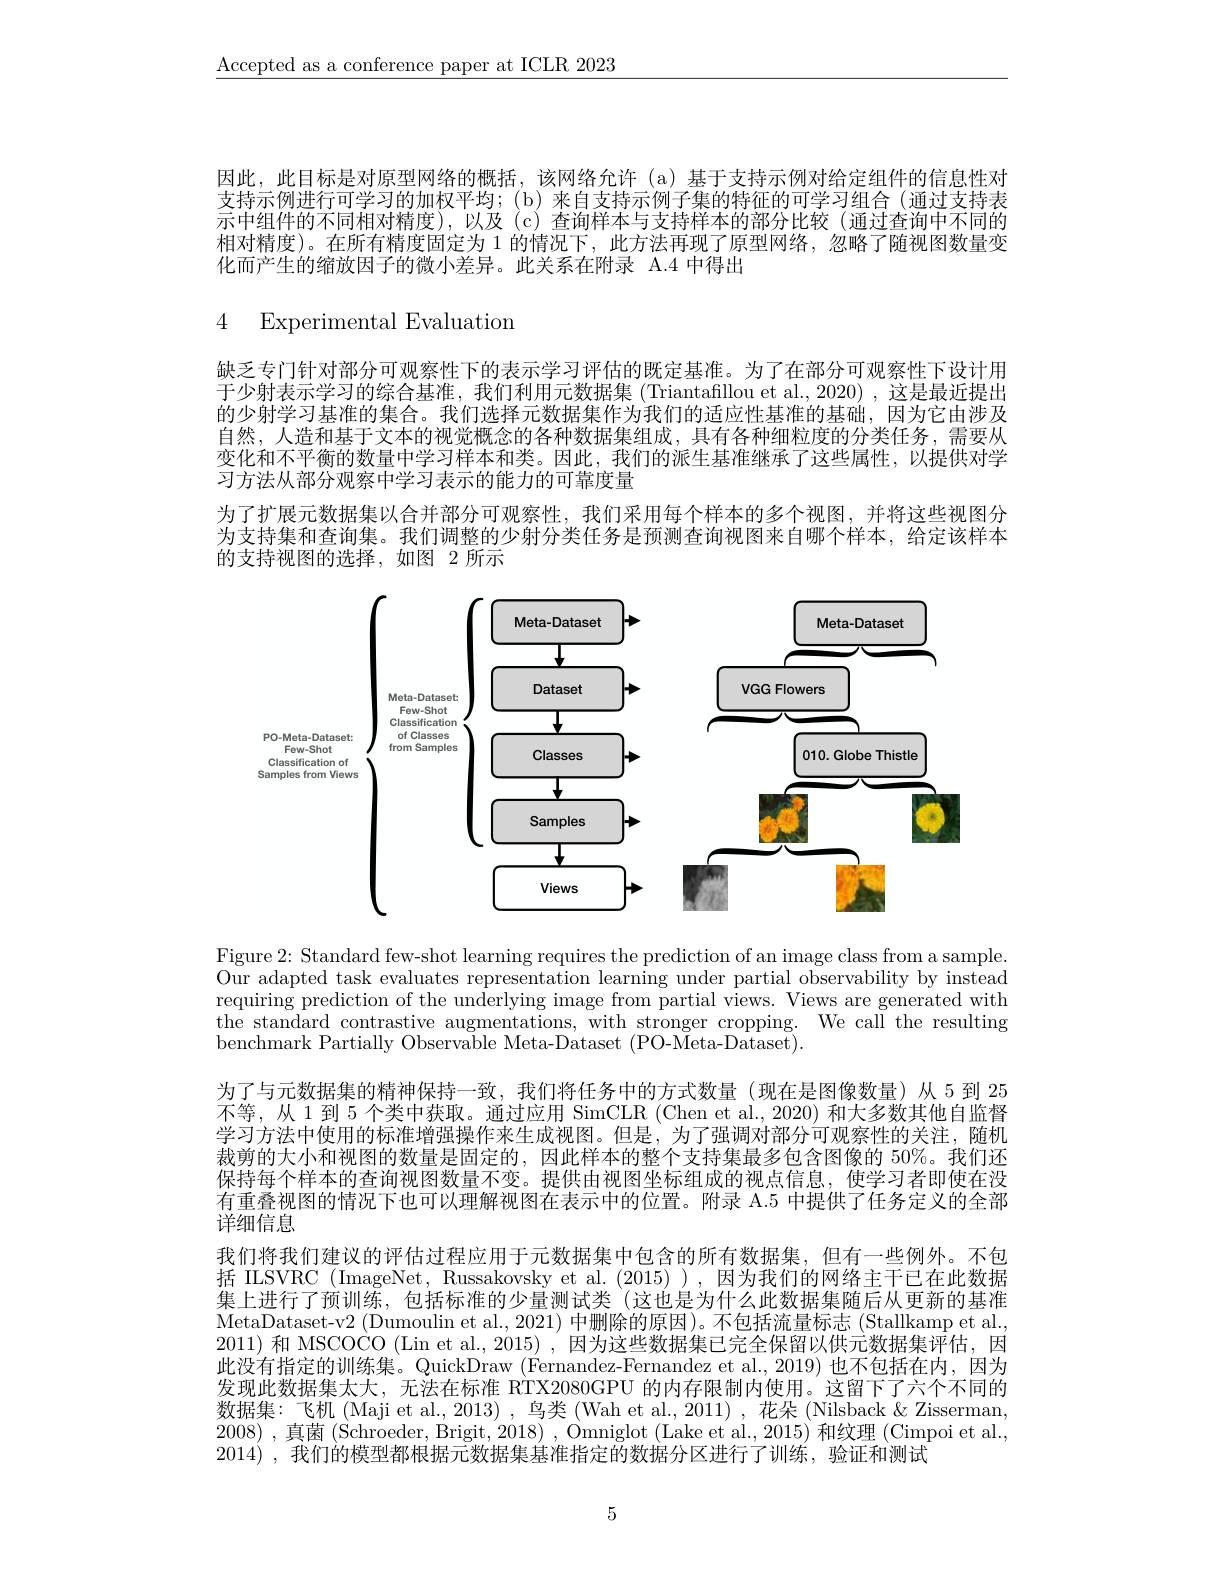
$\underline{\text{Accepted as a conference paper at ICLR 2023}}$

因此，此目标是对原型网络的概括，该网络允许 (a)基于支持示例对给定组件的信息性对支持示例进行可学习的加权平均；(b)来自支持示例子集的特征的可学习组合(通过支持表示中组件的不同相对精度),以及(c)查询样本与支持样本的部分比较(通过查询中不同的相对精度)。在所有精度固定为 1 的情况下，此方法再现了原型网络，忽略了随视图数量变化而产生的缩放因子的微小差异。此关系在附录 A.4 中得出

4 Experimental Evaluatiom

缺乏专门针对部分可观察性下的表示学习评估的既定基准。为了在部分可观察性下设计用于少射表示学习的综合基准，我们利用元数据集(Triantafillou et al.,2020),这是最近提出的少射学习基准的集合。我们选择元数据集作为我们的适应性基准的基础，因为它由涉及自然，人造和基于文本的视觉概念的各种数据集组成，具有各种细粒度的分类任务，需要从变化和不平衡的数量中学习样本和类。因此，我们的派生基准继承了这些属性，以提供对学习方法从部分观察中学习表示的能力的可靠度量
为了扩展元数据集以合并部分可观察性，我们采用每个样本的多个视图，并将这些视图分为支持集和查询集。我们调整的少射分类任务是预测查询视图来自哪个样本，给定该样本的支持视图的选择，如图 2 所示

<FigureHere>

Figure 2: Standard few-shot learning requires the prediction of an image class from a sample Our adapted task evaluates representation learning under partial observability by instead requiring prediction of the underlying image from partial views. Views are generated with the standard contrastive augmentations, with stronger cropping. We call the resulting benchmark Partially Observable Meta-Dataset (PO-Meta-Dataset)

为了与元数据集的精神保持一致，我们将任务中的方式数量(现在是图像数量)从 5 到 25不等，从1 到 5 个类中获取。通过应用 SimCLR (Chen et al., 2020) 和大多数其他自监督学习方法中使用的标准增强操作来生成视图。但是，为了强调对部分可观察性的关注，随机裁剪的大小和视图的数量是固定的，因此样本的整个支持集最多包含图像的 50%。我们还保持每个样本的查询视图数量不变。提供由视图坐标组成的视点信息，使学习者即使在没有重叠视图的情况下也可以理解视图在表示中的位置。附录 A.5 中提供了任务定义的全部详细信息
我们将我们建议的评估过程应用于元数据集中包含的所有数据集，但有一些例外。不包括 ILSVRC (ImageNet, Russakovsky et al. (2015)), 因为我们的网络主干已在此数据集上进行了预训练，包括标准的少量测试类 (这也是为什么此数据集随后从更新的基准MetaDataset-v2 (Dumoulin et al., 2021) 中删除的原因)。不包括流量标志 (Stallkamp et al., 2011) 和 MSCOCO (Lin et al., 2015) , 因为这些数据集已完全保留以供元数据集评估，因此没有指定的训练集。QuickDraw (Fernandez-Fernandez et al.,2019) 也不包括在内，因为发现此数据集太大，无法在标准 RTX2080GPU 的内存限制内使用。这留下了六个不同的数据集：飞机(Maji et al., 2013) ,鸟类 (Wah et al., 2011) , 花朵 (Nilsback & Zisserman, 2008) ,真菌 (Schroeder, Brigit, 2018) , Omniglot (Lake et al., 2015) 和纹理 (Cimpoi et al., 2014) ,我们的模型都根据元数据集基准指定的数据分区进行了训练，验证和测试

5